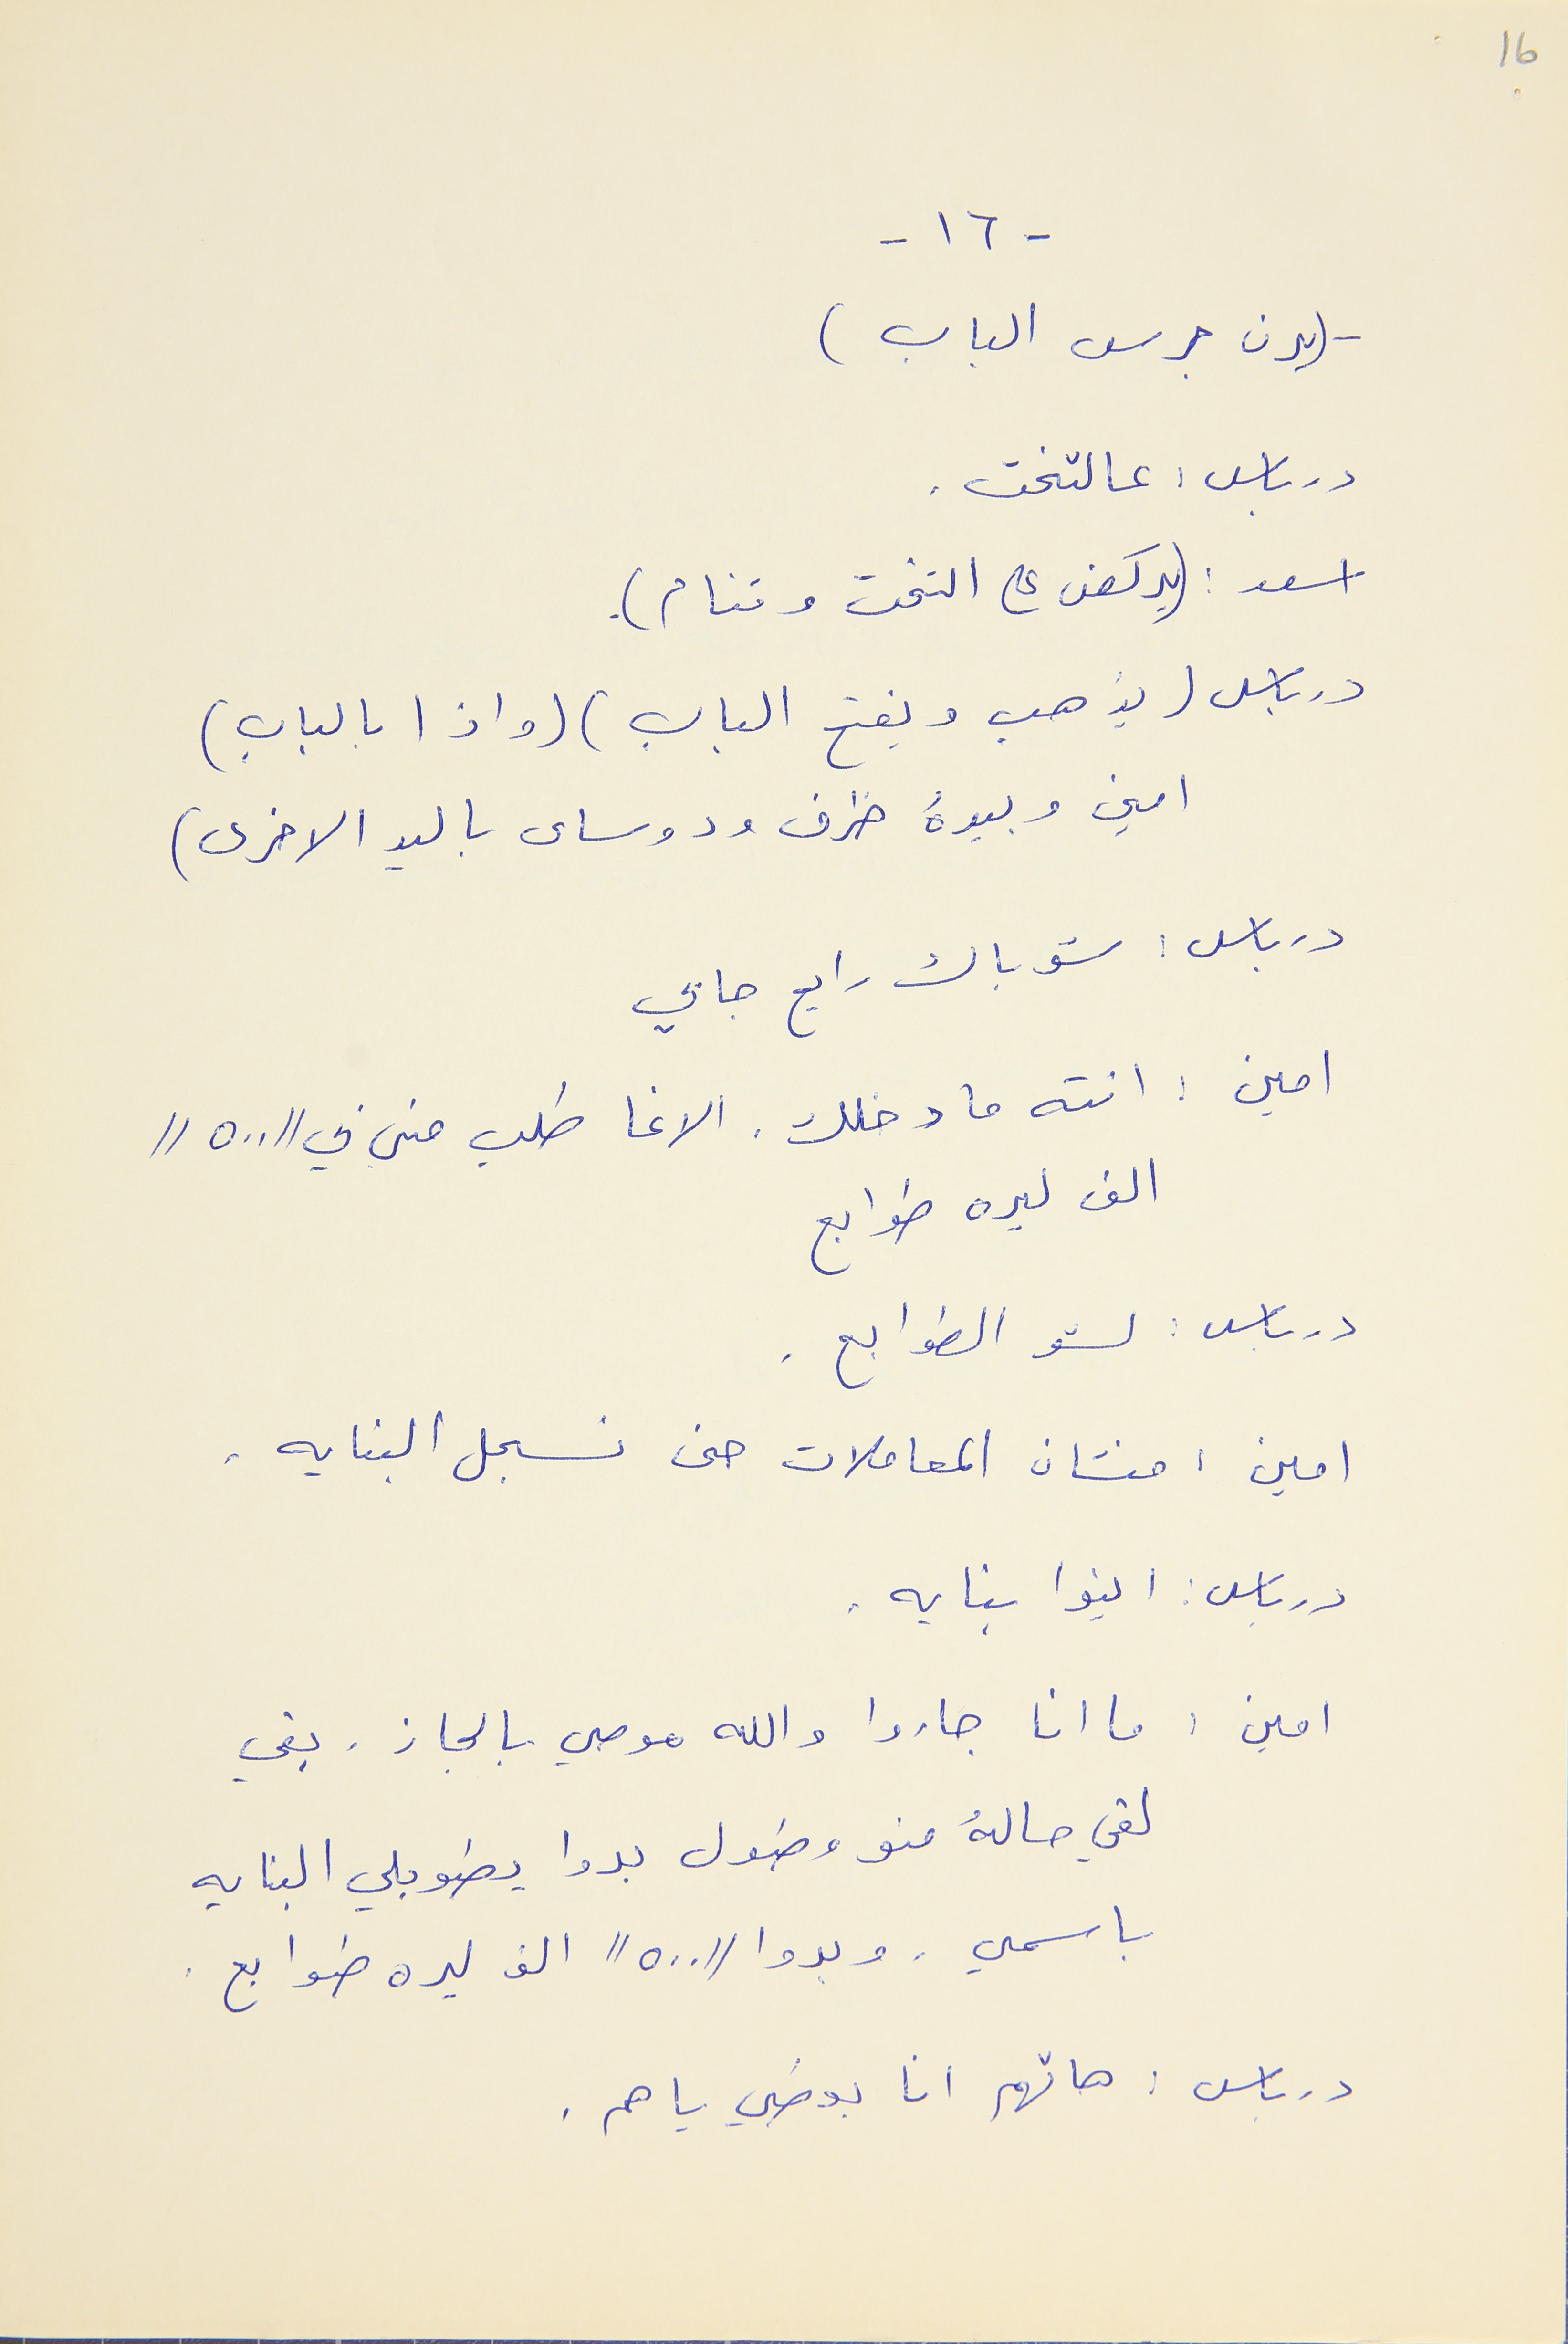
16
- ١٦ -
- (يرن جرس الباب)
درباس : عالتخت .
اسعد : (يركض على التخت وتنام).
درباس (يذهب ويفتح الباب ) ( واذا بالباب )
امين وبيدهُ ظرف ودوساى باليد الاخرى )
درباس : شو باك رايح جايي
امين : انته ما دخلك . الاغا طلب مني بي "٥٠٠"
الف ليره طوابع
درباس : لشو الطوابع .
امين : منشان المعاملات حتى نسجل البنايه .
درباس : اينوا بنايه .
امين : ما انا جاروا والله موصي بالجاز . بقي
لقي حالهُ منو مطول بدوا يطوبلي البنايه
باسمي . وبدوا "٥٠٠" الف ليره طوابع .
درباس : هاتهم انا بعطي ياهم .